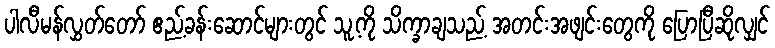
ပါလီမန်လွှတ်တော် ဧည့်ခန်းဆောင်များတွင် သူ့ကို သိက္ခာချသည့် အတင်းအဖျင်းတွေကို ပြောပြီဆိုလျှင်